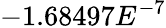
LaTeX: -1.68497E^{-7}